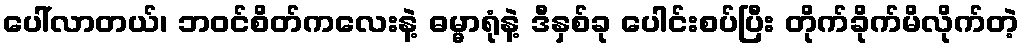
ပေါ်လာတယ်၊ ဘဝင်စိတ်ကလေးနဲ့ ဓမ္မာရုံနဲ့ ဒီနှစ်ခု ပေါင်းစပ်ပြီး တိုက်ခိုက်မိလိုက်တဲ့